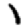
Digit: 1